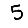
Digit: 5